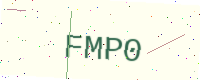
Text: FMP0